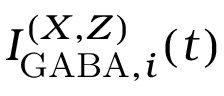
I _ { \mathrm { G A B A } , i } ^ { ( X , Z ) } ( t )